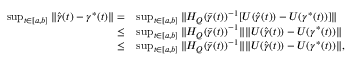
\begin{array} { r l } { \operatorname* { s u p } _ { t \in [ a , b ] } \| \widehat \gamma ( t ) - \gamma ^ { * } ( t ) \| = } & { \operatorname* { s u p } _ { t \in [ a , b ] } \| H _ { Q } ( \bar { \gamma } ( t ) ) ^ { - 1 } [ U ( \widehat \gamma ( t ) ) - U ( \gamma ^ { * } ( t ) ) ] \| } \\ { \le } & { \operatorname* { s u p } _ { t \in [ a , b ] } \| H _ { Q } ( \bar { \gamma } ( t ) ) ^ { - 1 } \| \| U ( \widehat \gamma ( t ) ) - U ( \gamma ^ { * } ( t ) ) \| } \\ { \le } & { \operatorname* { s u p } _ { t \in [ a , b ] } \| H _ { Q } ( \bar { \gamma } ( t ) ) ^ { - 1 } \| \| U ( \widehat \gamma ( t ) ) - U ( \gamma ^ { * } ( t ) ) \| , } \end{array}